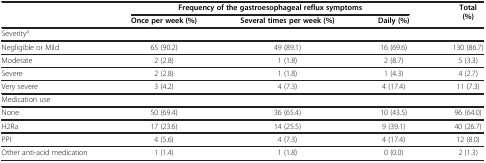
|  | <COLSPAN=3> Frequency of the gastroesophageal reflux symptoms | Total (%) |
 |  | Once per week (%) | Several times per week (%) | Daily (%) |  |
 | --- | --- | --- | --- | --- |
 | <COLSPAN=5> Severitya |
 | Negligible or Mild | 65 (90.2) | 49 (89.1) | 16 (69.6) | 130 (86.7) |
 | Moderate | 2 (2.8) | 1 (1.8) | 2 (8.7) | 5 (3.3) |
 | Severe | 2 (2.8) | 1 (1.8) | 1 (4.3) | 4 (2.7) |
 | Very severe | 3 (4.2) | 4 (7.3) | 4 (17.4) | 11 (7.3) |
 | <COLSPAN=5> Medication use |
 | None | 50 (69.4) | 36 (65.4) | 10 (43.5) | 96 (64.0) |
 | H2Ra | 17 (23.6) | 14 (25.5) | 9 (39.1) | 40 (26.7) |
 | PPI | 4 (5.6) | 4 (7.3) | 4 (17.4) | 12 (8.0) |
 | Other anti-acid medication | 1 (1.4) | 1 (1.8) | 0 (0.0) | 2 (1.3) |